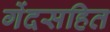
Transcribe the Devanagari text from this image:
गेंदसहित